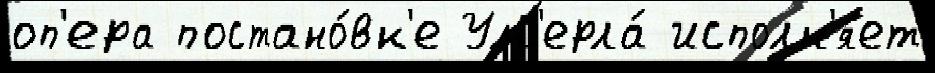
оп'ера постано́вк'е Ум'ерла́ исполн'я́ет